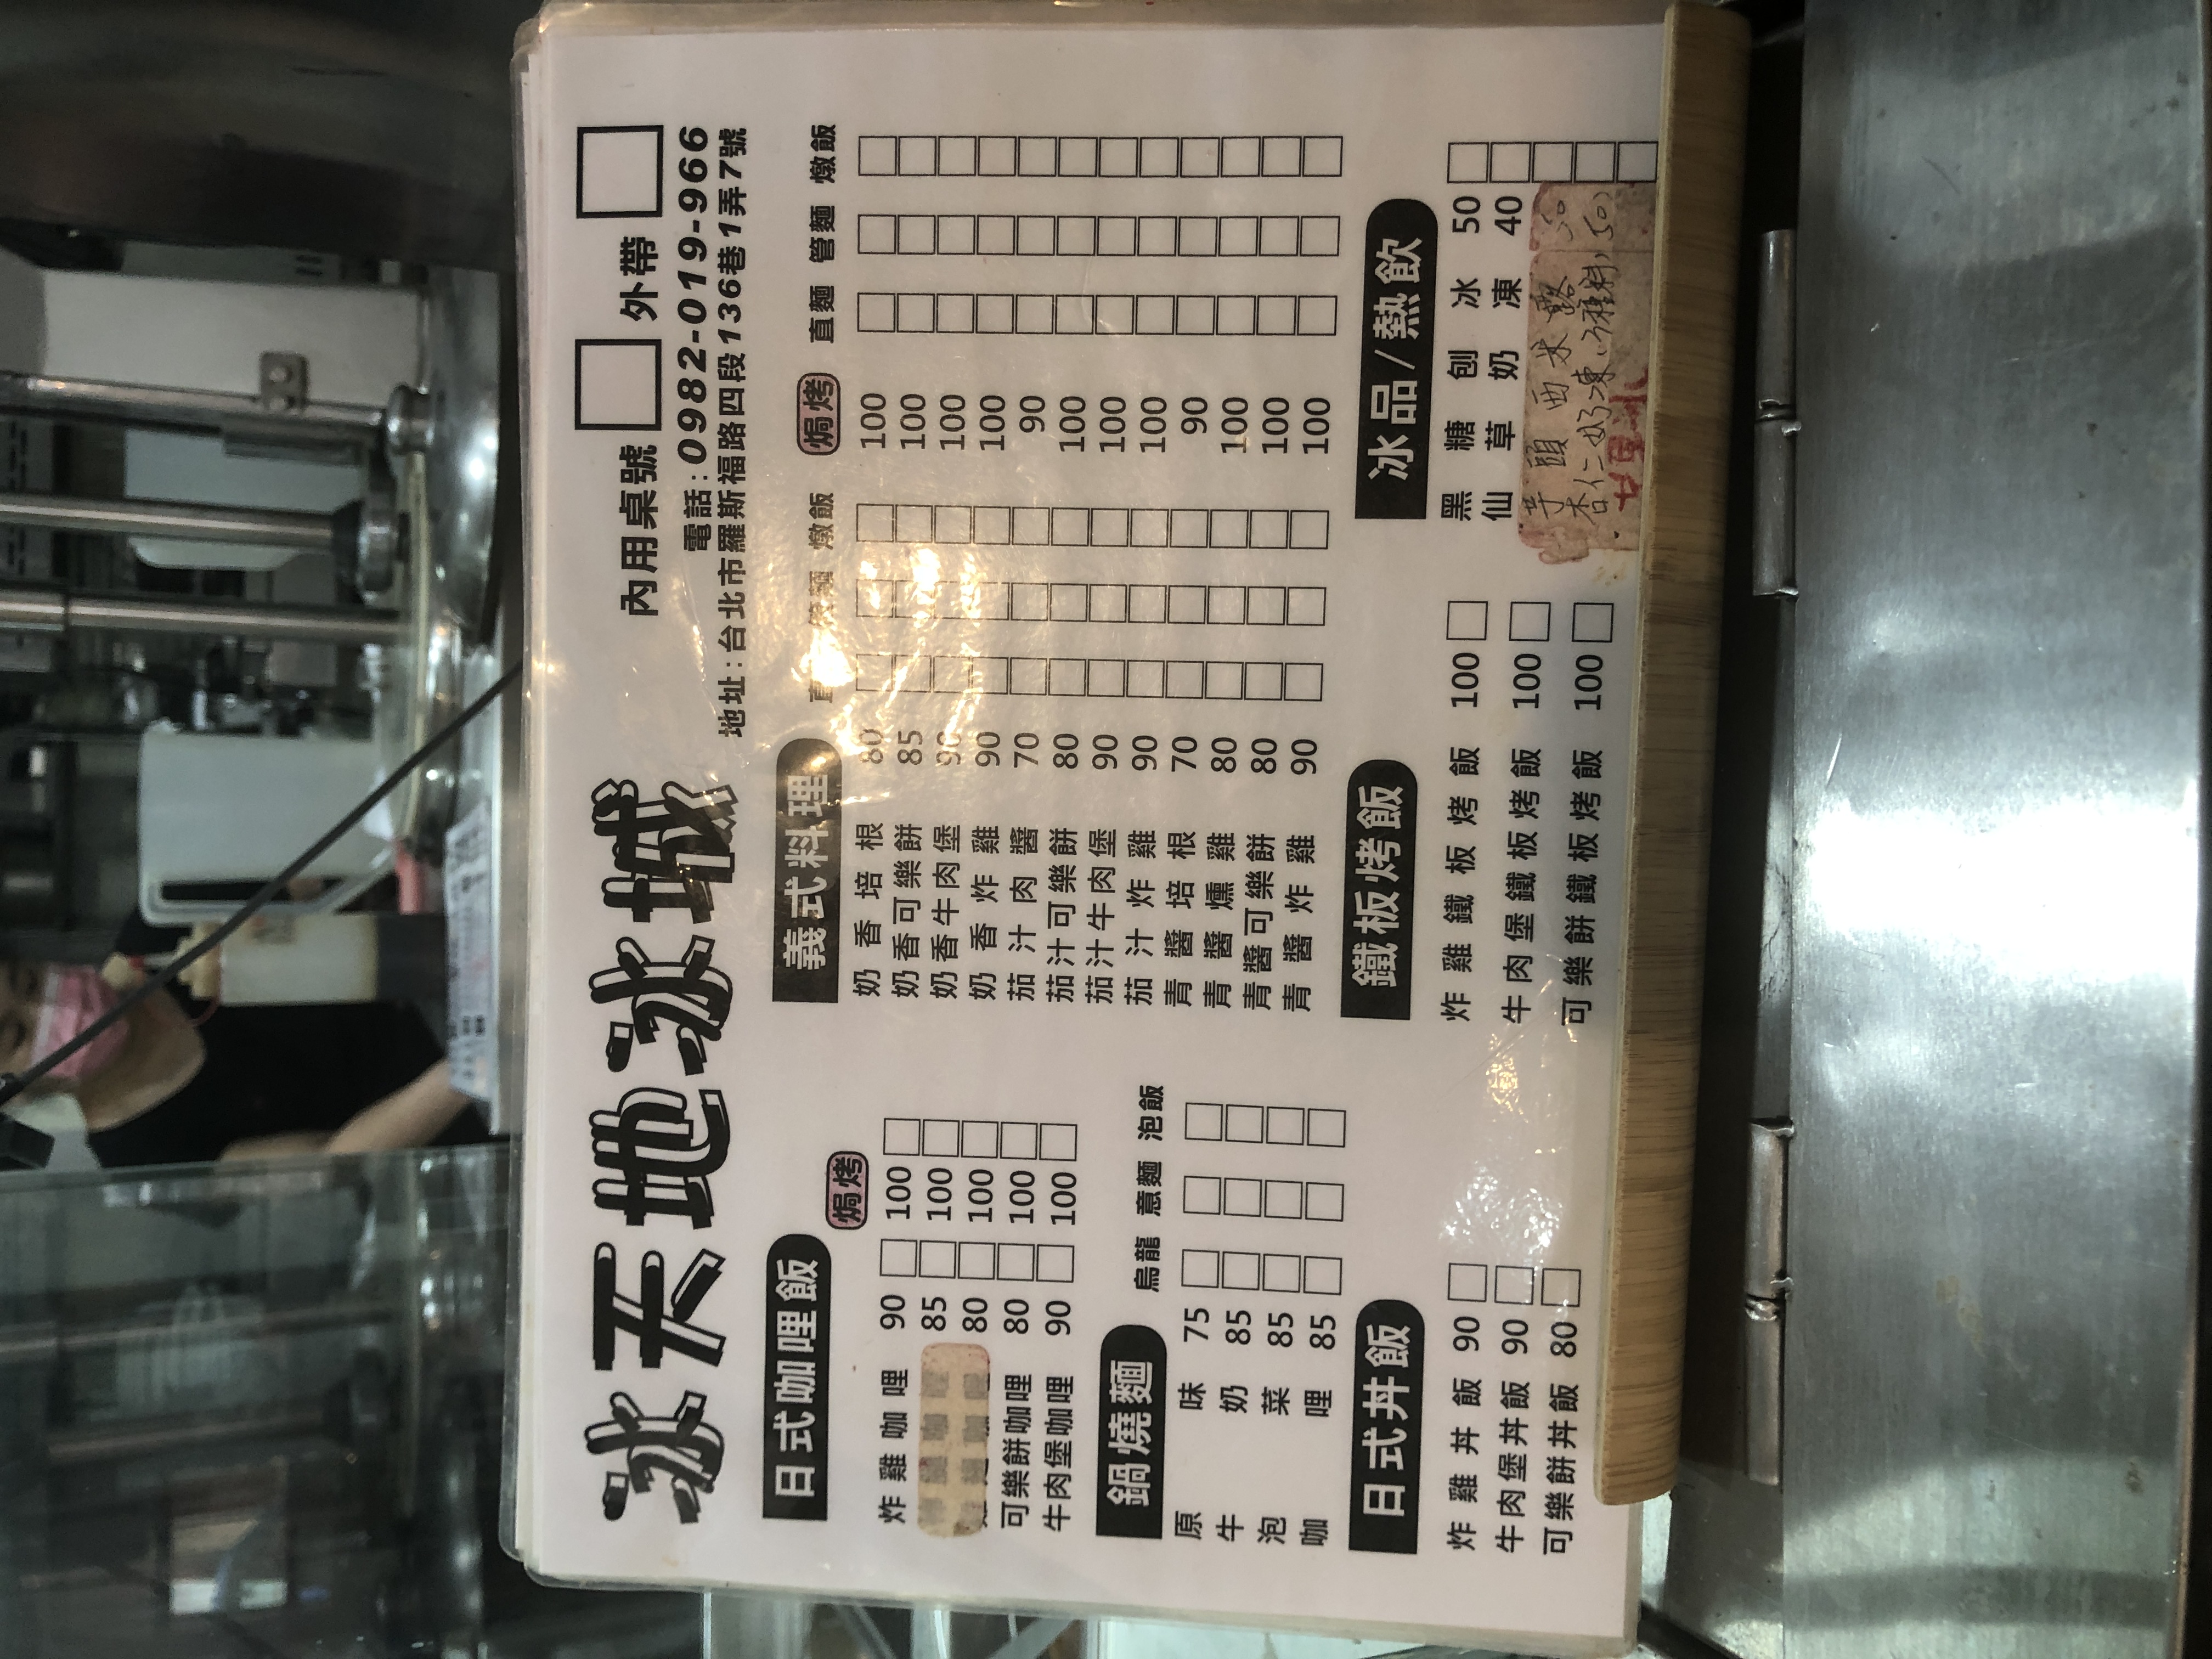
餐廳：永天地城
地址：台北市羅斯福路四段136巷1弄7號
電話：0982-019-966
菜單：
name: 炸雞咖哩
price: 90
name: 牛肉堡咖哩
price: 85
name: 可樂餅咖哩
price: 80
name: 牛肉咖哩
price: 80
name: 炸雞丼飯
price: 90
name: 牛肉堡丼飯
price: 90
name: 可樂餅丼飯
price: 80
name: 原味鍋燒麵
price: 75
name: 牛奶鍋燒麵
price: 85
name: 泡菜鍋燒麵
price: 85
name: 咖哩鍋燒麵
price: 85
name: 奶香培根
price: 80
name: 奶香可樂餅
price: 85
name: 奶香牛肉堡
price: 90
name: 茄汁炸雞
price: 90
name: 青醬培根
price: 70
name: 青醬可樂餅
price: 80
name: 青醬炸雞
price: 90
name: 炸雞鐵板烤飯
price: 100
name: 牛肉堡鐵板烤飯
price: 100
name: 可樂餅鐵板烤飯
price: 100
name: 黑仙草
price: 50
name: 糖奶
price: 40